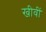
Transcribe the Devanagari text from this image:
खीवीं